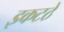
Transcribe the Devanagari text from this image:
इकटठे